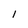
Character: l